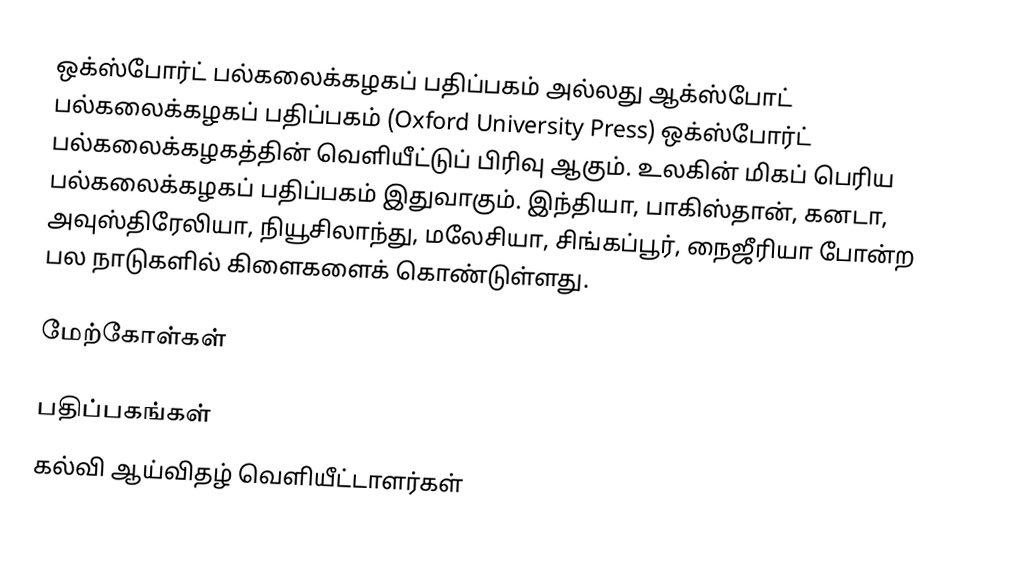
ஒக்ஸ்போர்ட் பல்கலைக்கழகப் பதிப்பகம் அல்லது ஆக்ஸ்போட் பல்கலைக்கழகப் பதிப்பகம் (Oxford University Press) ஒக்ஸ்போர்ட் பல்கலைக்கழகத்தின் வெளியீட்டுப் பிரிவு ஆகும். உலகின் மிகப் பெரிய பல்கலைக்கழகப் பதிப்பகம் இதுவாகும். இந்தியா, பாகிஸ்தான், கனடா, அவுஸ்திரேலியா, நியூசிலாந்து, மலேசியா, சிங்கப்பூர், நைஜீரியா போன்ற பல நாடுகளில் கிளைகளைக் கொண்டுள்ளது.

மேற்கோள்கள்

பதிப்பகங்கள்
கல்வி ஆய்விதழ் வெளியீட்டாளர்கள்